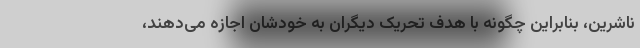
ناشرین، بنابراین چگونه با هدف تحریک دیگران به خودشان اجازه می‌دهند،